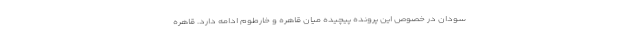
سودان در خصوص این پرونده پیچیده میان قاهره و خارطوم ادامه دارد. قاهره